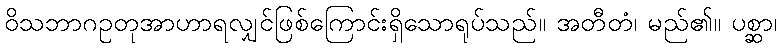
ဝိသဘာဂဥတုအာဟာရလျှင်ဖြစ်ကြောင်းရှိသောရုပ်သည်။ အတီတံ၊ မည်၏။ ပစ္ဆာ၊